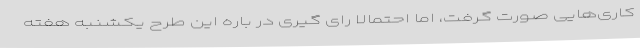
کاری‌هایی صورت گرفت، اما احتمالا رای گیری در باره این طرح یکشنبه هفته